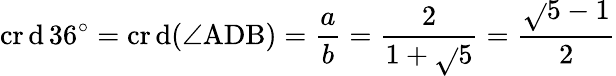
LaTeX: \operatorname{cr\mathrm{d}}36^{\circ}=\operatorname{cr\mathrm{d}}(\angle\mathrm{{ADB}})={\frac{{a}}{{b}}}={\frac{{2}}{{1+{\sqrt{}{{5}}}}}}={\frac{{{\sqrt{}{{5}}}-1}}{{2}}}